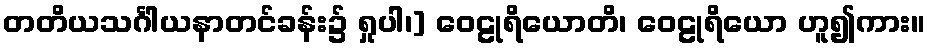
တတိယသင်္ဂါယနာတင်ခန်း၌ ရှုပါ၊] ဝေဠုရိယောတိ၊ ဝေဠုရိယော ဟူ၍ကား။